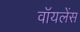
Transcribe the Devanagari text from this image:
वॉयलेंस